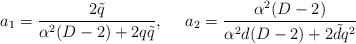
LaTeX: \begin{align*}a_{1}=\frac{2\tilde q}{\alpha^{2}(D-2)+2q\tilde q},~~~~a_{2}=\frac{\alpha^{2}(D-2)}{\alpha^{2}d(D-2)+2\tilde d q^{2}} \end{align*}